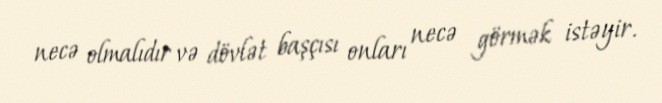
necə olmalıdır və dövlət başçısı onları necə görmək istəyir.